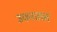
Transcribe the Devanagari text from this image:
उकरतात